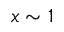
x \sim 1